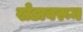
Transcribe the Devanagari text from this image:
खेडावरून